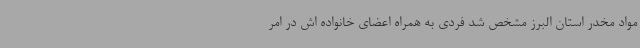
مواد مخدر استان البرز مشخص شد فردی به همراه اعضای خانواده اش در امر